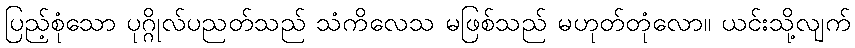
ပြည့်စုံသော ပုဂ္ဂိုလ်ပညတ်သည် သံကိလေသ မဖြစ်သည် မဟုတ်တုံလော။ ယင်းသို့လျက်